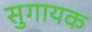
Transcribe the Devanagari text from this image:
सुगायक